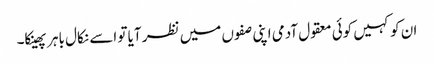
ان کو کہیں کوئی معقول آدمی اپنی صفوں میں نظر آیا تو اسے نکال باہر پھینکا۔